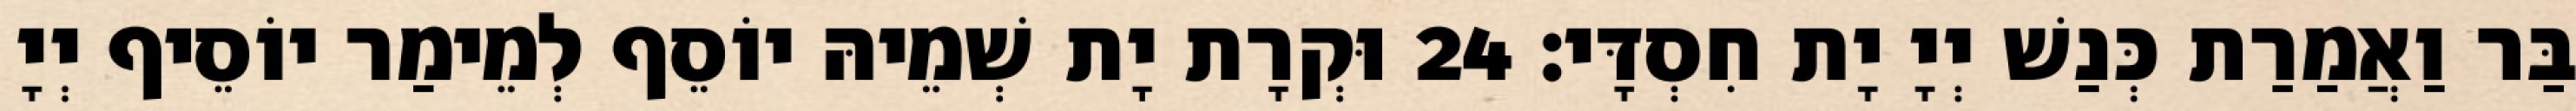
בַּר וַאֲמַרַת כְּנַשׁ יְיָ יָת חִסְדָּי׃ 24 וּקְרָת יָת שְׁמֵיהּ יוֹסֵף לְמֵימַר יוֹסֵיף יְיָ